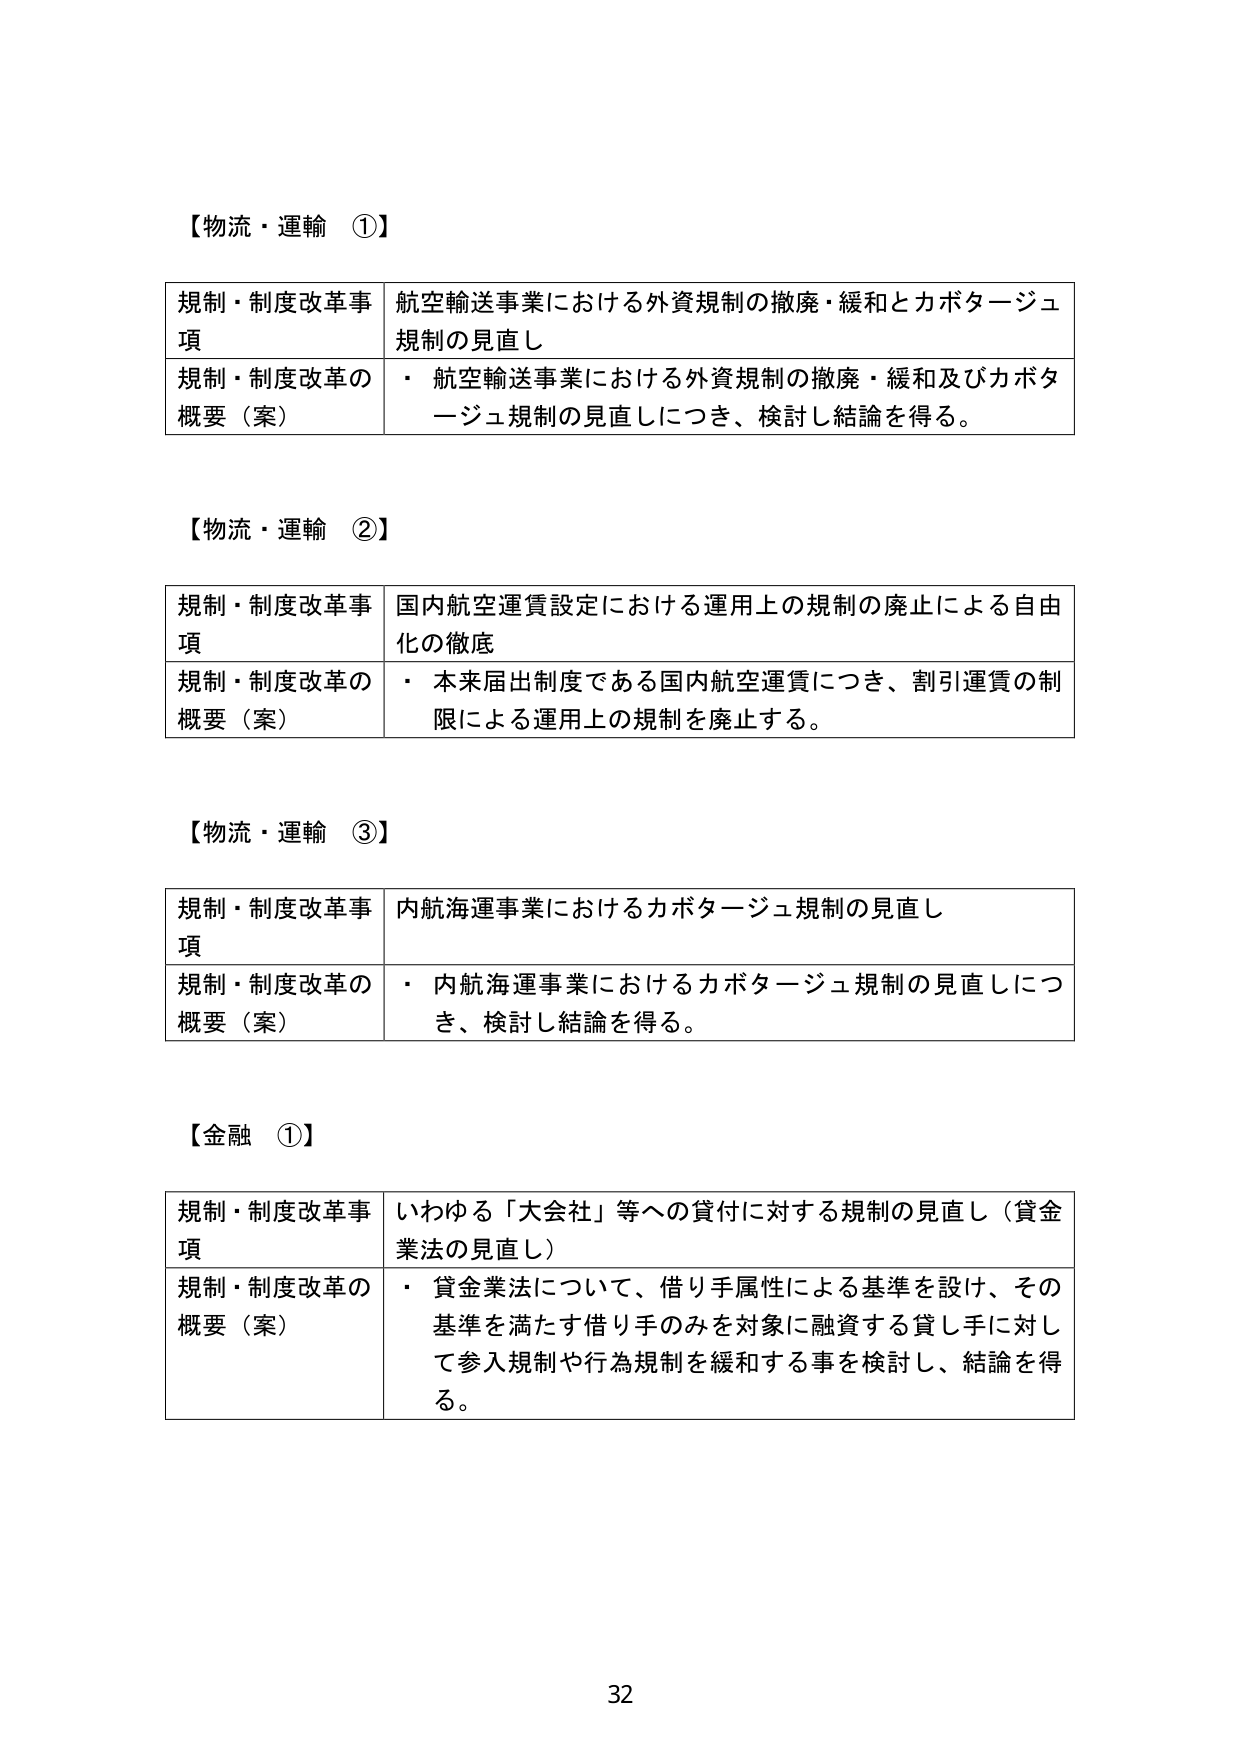
【物流・運輸 ①】

規制・制度改革事項　航空輸送事業における外資規制の撤廃・緩和とカボタージュ規制の見直し

規制・制度改革の概要（案）　・ 航空輸送事業における外資規制の撤廃・緩和及びカボタージュ規制の見直しにつき、検討し結論を得る。

【物流・運輸 ②】

規制・制度改革事項　国内航空運賃設定における運用上の規制の廃止による自由化の徹底

規制・制度改革の概要（案）　・ 本来届出制度である国内航空運賃につき、割引運賃の制限による運用上の規制を廃止する。

【物流・運輸 ③】

規制・制度改革事項　内航海運事業におけるカボタージュ規制の見直し

規制・制度改革の概要（案）　・ 内航海運事業におけるカボタージュ規制の見直しにつき、検討し結論を得る。

【金融 ①】

規制・制度改革事項　いわゆる「大会社」等への貸付に対する規制の見直し（貸金業法の見直し）

規制・制度改革の概要（案）　・ 貸金業法について、借り手属性による基準を設け、その基準を満たす借り手のみを対象に融資する貸し手に対して参入規制や行為規制を緩和する事を検討し、結論を得る。

32